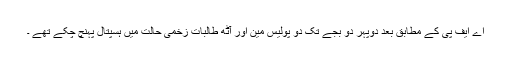
اے ایف پی کے مطابق بعد دوپہر دو بجے تک دو پولیس مین اور آٹھ طالبات زخمی حالت میں ہسپتال پہنچ چکے تھے ۔